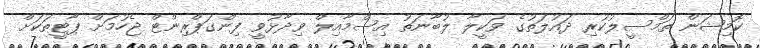
ކޮމިޝަން ތަމްސީލުކުރި ދައުލަތުގެ ވަކީލާ ލުބާނަތު އިސްމާއިލް ވިދާޅުވީ ފިންގަޕްރިންޓް ޖެހުމަށް ޕާޓީތަކަށް